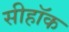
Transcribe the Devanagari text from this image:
सीहॉक